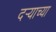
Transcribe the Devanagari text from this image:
दर्‍याच्या